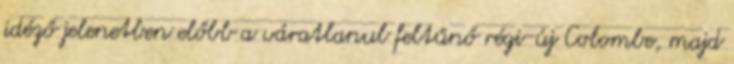
idéző jelenetben előbb a váratlanul feltűnő régi-új Colombe, majd